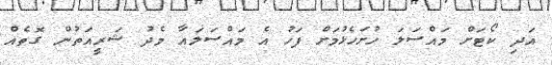
އަދި ކޯޓަށް މައްސަލަ ހުށަހެޅުމަށް ފަހު އެ މައްސަލައާ މެދު ޝަރީއަތުން ގޮތެއް